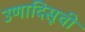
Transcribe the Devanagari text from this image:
उणादिसूची